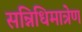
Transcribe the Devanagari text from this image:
सन्निधिमात्रेण